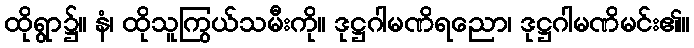
ထိုရွာ၌။ နံ၊ ထိုသူကြွယ်သမီးကို။ ဒုဋ္ဌဂါမဏိရညော၊ ဒုဋ္ဌဂါမဏိမင်း၏။